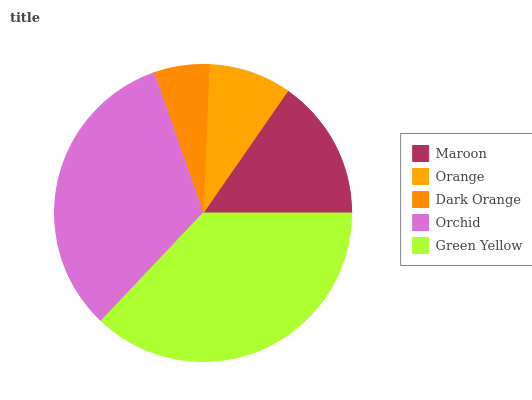
| Maroon | Orange | Dark Orange | Orchid | Green Yellow |
 | --- | --- | --- | --- | --- |
 | 15.3% | 9% | 6% | 32.6% | 37.1% |